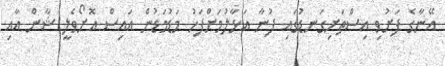
އޭނާގެ ފަށުވި އިސްތަށިގަނޑުގައި ފުނާ އަޅާލުމަށްފަހު މަޑުމަޑުން އައިސް އޮށޯވެލީ ޝާން އާއި